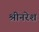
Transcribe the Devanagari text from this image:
श्रीनरेश